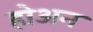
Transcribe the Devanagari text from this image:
होअन